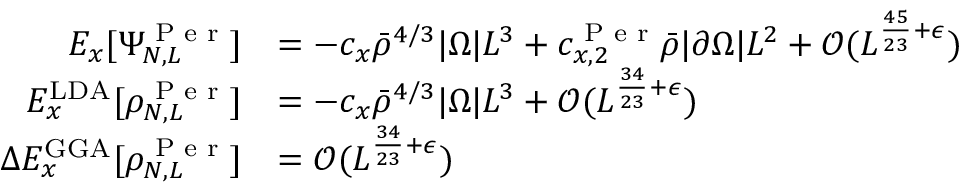
\begin{array} { r l } { E _ { x } [ \Psi _ { N , L } ^ { \textnormal { P e r } } ] } & { = - c _ { x } \bar { \rho } ^ { 4 / 3 } | \Omega | L ^ { 3 } + c _ { x , 2 } ^ { \textnormal { P e r } } \bar { \rho } | \partial \Omega | L ^ { 2 } + \mathcal { O } ( L ^ { \frac { 4 5 } { 2 3 } + \epsilon } ) } \\ { E _ { x } ^ { \mathrm { L D A } } [ \rho _ { N , L } ^ { \textnormal { P e r } } ] } & { = - c _ { x } \bar { \rho } ^ { 4 / 3 } | \Omega | L ^ { 3 } + \mathcal { O } ( L ^ { \frac { 3 4 } { 2 3 } + \epsilon } ) } \\ { \Delta E _ { x } ^ { \mathrm { G G A } } [ \rho _ { N , L } ^ { \textnormal { P e r } } ] } & { = \mathcal { O } ( L ^ { \frac { 3 4 } { 2 3 } + \epsilon } ) } \end{array}